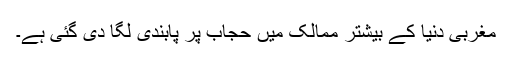
مغربی دنیا کے بیشتر ممالک میں حجاب پر پابندی لگا دی گئی ہے۔